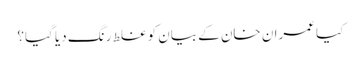
کیا عمران خان کے بیان کو غلط رنگ دیا گیا؟